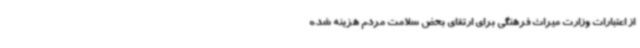
از اعتبارات وزارت میراث فرهنگی برای ارتقای بحض سلامت مردم هزینه شده